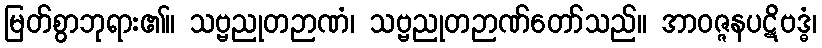
မြတ်စွာဘုရား၏။ သဗ္ဗညုတဉာဏံ၊ သဗ္ဗညုတဉာဏ်တော်သည်။ အာဝဇ္ဇနပဋိဗဒ္ဓံ၊